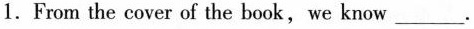
1.From the cover of the book,we know___.